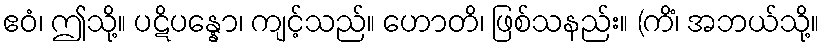
ဧဝံ၊ ဤသို့။ ပဋိပန္နော၊ ကျင့်သည်။ ဟောတိ၊ ဖြစ်သနည်း။ (ကိံ၊ အဘယ်သို့။